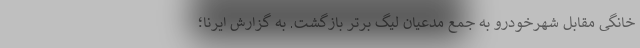
خانگی مقابل شهرخودرو به جمع مدعیان لیگ برتر بازگشت. به گزارش ایرنا؛